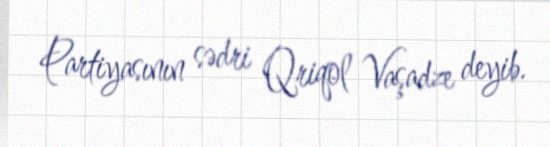
Partiyasının sədri Qriqol Vaşadze deyib.